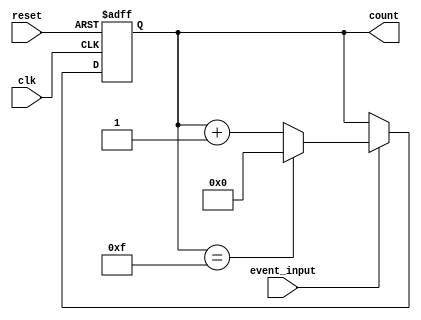
module event_counter (
    input wire clk,            // Clock signal
    input wire reset,          // Reset signal (active high)
    input wire event_input,    // Event signal to trigger counting
    output reg [3:0] count     // 4-bit counter output (0 to 15)
);

    // State register to hold the current count value
    reg [3:0] count_next;

    // Synchronous process for counting
    always @(posedge clk or posedge reset) begin
        if (reset) begin
            count <= 4'b0000;  // Reset the counter to zero
        end else begin
            count <= count_next;  // Update counter with next state
        end
    end

    // Combinational logic to determine next count value
    always @(*) begin
        if (event_input) begin
            // Increment the counter, rolling over at 15
            if (count == 4'b1111) begin
                count_next = 4'b0000; // Roll over to zero
            end else begin
                count_next = count + 1; // Increment the counter
            end
        end else begin
            count_next = count; // Maintain the current count if no event
        end
    end

endmodule